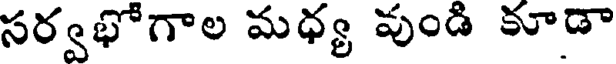
సర్వభోగాల మధ్య వుండి కూడా